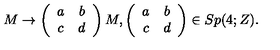
M \rightarrow \left( \begin{array} { c c } { a } & { b } \\ { c } & { d } \\ \end{array} \right) M , \left( \begin{array} { c c } { a } & { b } \\ { c } & { d } \\ \end{array} \right) \in S p ( 4 ; Z ) .